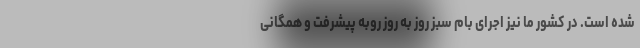
شده است. در کشور ما نیز اجرای بام سبز روز به روز روبه پیشرفت و همگانی